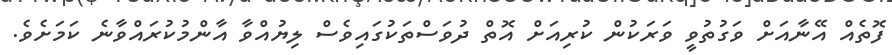
ފޮތެއް އޭނާއަށް ވަގުތުވީ ވަރަކުން ކުރިއަށް އޮތް ދުވަސްތަކުގައިވެސް ލިޔުއްވާ އާންމުކުރައްވާނެ ކަމަށެވެ.